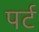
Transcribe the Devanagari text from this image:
पर्ट